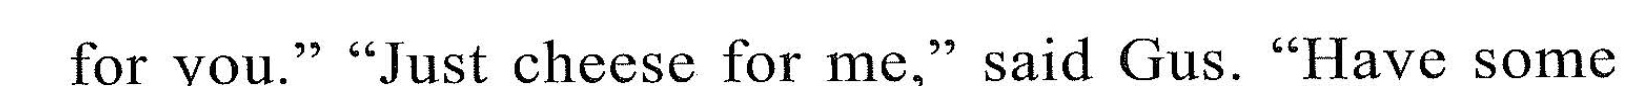
for you." "Jusl cheese for me."said Gus.'"Have some